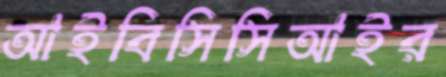
আইবিসিসিআইর